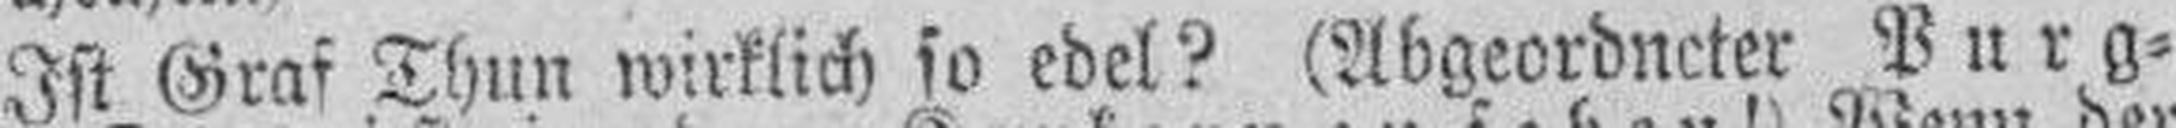
Ist Graf Thun wirklich so edel? (Abgeordneter Purg¬